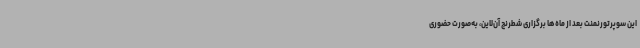
این سوپرتورنمنت بعد از ماه‌ها برگزاری شطرنج آن‌لاین، به‌صورت حضوری